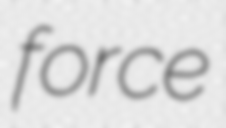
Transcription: force